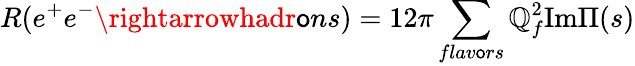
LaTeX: R(e^{+}e^{-}\rightarrowhadr\mathsf{o}ns)=12\pi\sum_{flav\mathsf{o}rs}\mathbb{Q}_{f}^{2}\mathrm{{Im}}\Pi(s)